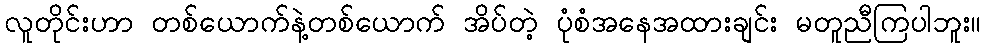
လူတိုင်းဟာ တစ်ယောက်နဲ့တစ်ယောက် အိပ်တဲ့ ပုံစံအနေအထားချင်း မတူညီကြပါဘူး။